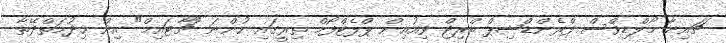
ޗައިނާ-މޯލްޑިވްސް ފްރެންޑްޝިޕް ބްރިޖް ވިއުއިން ޕްލެޓްފޯމް ތިރީގައި ހުންނަ "ޗާޓައިމް" އިން ޚިދުމަތްދޭތާ